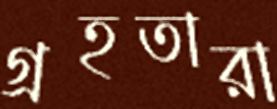
গ্রহতারা